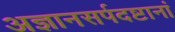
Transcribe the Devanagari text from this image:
अज्ञानसर्पदष्टानां